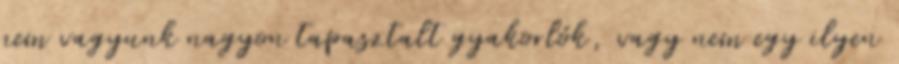
nem vagyunk nagyon tapasztalt gyakorlók, vagy nem egy ilyen